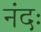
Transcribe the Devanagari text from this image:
नंदः